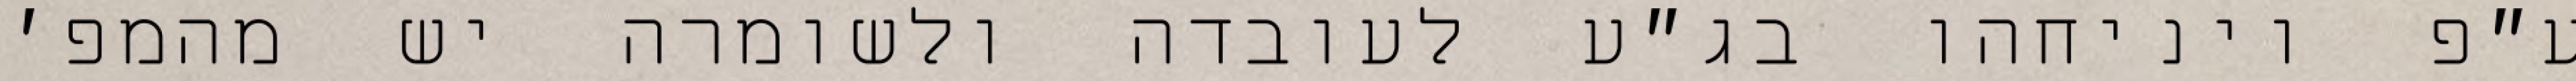
ע״פ ויניחהו בג״ע לעובדה ולשומרה יש מהמפ׳